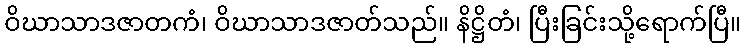
ဝိဃာသာဒဇာတကံ၊ ဝိဃာသာဒဇာတ်သည်။ နိဋ္ဌိတံ၊ ပြီးခြင်းသို့ရောက်ပြီ။